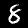
Label: 8